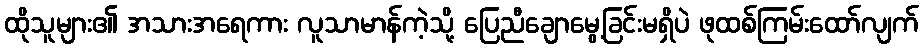
ထိုသူများ၏ အသားအရေကား လူသာမာန်ကဲ့သို့ ပြေညီချောမွေ့ခြင်းမရှိပဲ ဖုထစ်ကြမ်းထော်လျက်